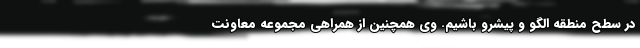
در سطح منطقه الگو و پیشرو باشیم. وی همچنین از همراهی مجموعه معاونت